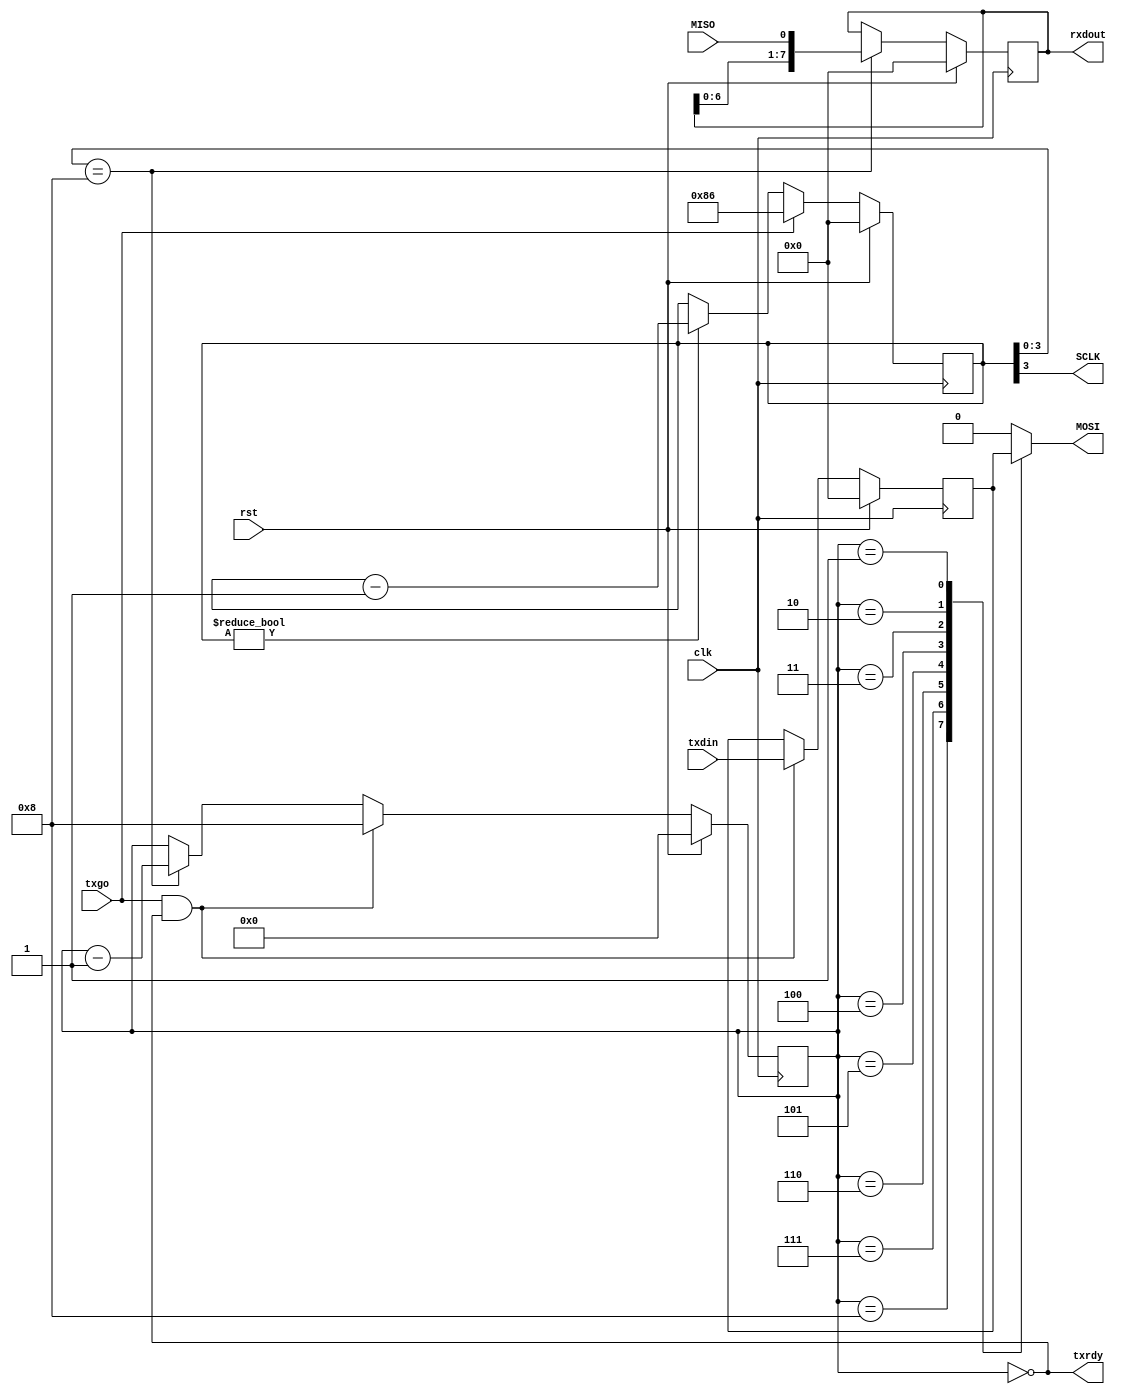
`timescale 1ns / 1ps

module SPI(
    input wire clk,						// main clock, drives all logic
    input wire rst,						// asynchronous reset
    input wire [7:0] txdin,				// 8-bit data to be transmitted
    input wire txgo,					// indicates new data to send, ignored if not ready
    output reg MOSI,					// data out (idle at logic 1, high)
    output wire SCLK,					// SPI clock
    output wire txrdy,						// transmitter ready for new data
    input MISO,							// data in (idle at logic 1, high)
    output reg [7:0] rxdout				// 8-bit received data
 );
    
    ////////////////////////////////////////////////////////
    // SCLK counter
    ////////////////////////////////////////////////////////
    reg [7:0] count;
    wire [7:0] next_count = count - 8'd1;
    
    always @(posedge clk)
        if (rst)
            count <= 8'd0;
        else if (txgo)
            count <= 8'd134;
        else if (count != 8'd0)
            count <= next_count;


    assign SCLK = (count[3]);
    
	
    ////////////////////////////////////////////////////////
    // input data capture
    ////////////////////////////////////////////////////////
    reg [7:0] datareg;
    
    always @(posedge clk)
        if (rst)
            datareg <= 8'b0;
        else if (txgo & txrdy)
            datareg <= txdin;
          

    ////////////////////////////////////////////////////////
    // MOSI control
    ////////////////////////////////////////////////////////
    reg [3:0] bitcount;
    wire [3:0] bitcount_decrement = bitcount - 4'b1;
    assign txrdy = (bitcount == 4'b0);
    
    
    always @(posedge clk)
        if (rst)
            bitcount <= 4'b0;
        else if (txgo & txrdy)
            bitcount <= 4'd8;
        else if (count[3:0] == 4'd8)
            bitcount <= bitcount_decrement;
    
    always @(bitcount, datareg)
        case(bitcount)		
            4'd8:        MOSI = datareg[7];    
            4'd7:        MOSI = datareg[6];
            4'd6:        MOSI = datareg[5];
            4'd5:        MOSI = datareg[4];
            4'd4:        MOSI = datareg[3];
            4'd3:        MOSI = datareg[2];
            4'd2:        MOSI = datareg[1];
            4'd1:        MOSI = datareg[0];    
            4'd0:        MOSI = 1'b0;            
            default:     MOSI = 1'b0;
         endcase

    ////////////////////////////////////////////////////////
    // MIS0 control
    ////////////////////////////////////////////////////////
    always @ (posedge clk)
        if (rst) 
            rxdout <= 8'b0;                // reset to zero
        else if(count[3:0] == 4'd8)                                   // on sampling pulse 
            rxdout <= {rxdout[6:0], MISO};     // shift right...
        
    
   endmodule